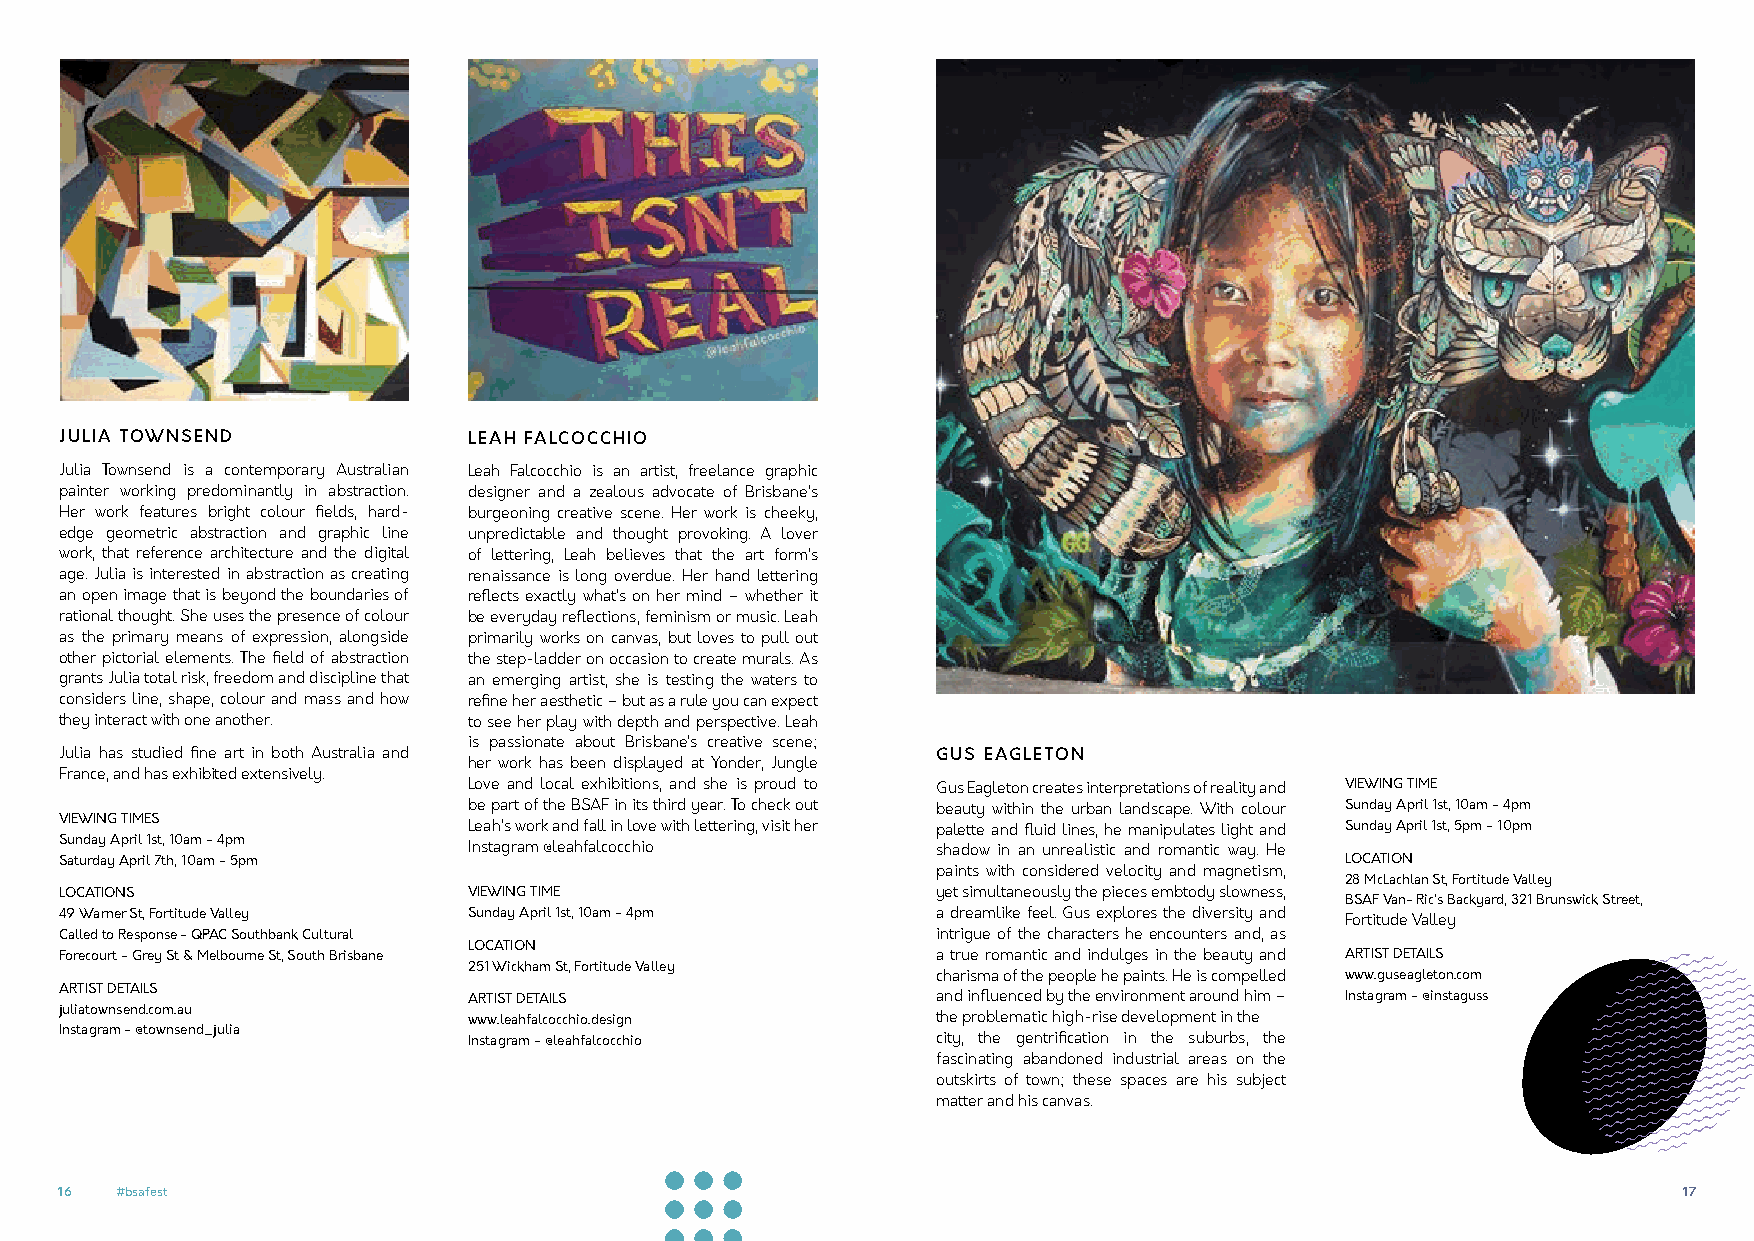
JULIA TOWNSEND             LEAH FALCOCCHIO
 Julia Townsend is a contemporary Australian Leah Falcocchio is an artist, freelance graphic
 painter working predominantly in abstraction. designer and a zealous advocate of Brisbane’s
 Her work features bright colour fields, hard- burgeoning creative scene. Her work is cheeky,
 edge geometric abstraction and graphic line unpredictable and thought provoking. A lover
 work, that reference architecture and the digital of lettering, Leah believes that the art form’s
 age. Julia is interested in abstraction as creating renaissance is long overdue. Her hand lettering
 an open image that is beyond the boundaries of reflects exactly what’s on her mind – whether it
 rational thought. She uses the presence of colour be everyday reflections, feminism or music. Leah
 as the primary means of expression, alongside primarily works on canvas, but loves to pull out
 other pictorial elements. The field of abstraction the step-ladder on occasion to create murals. As
 grants Julia total risk, freedom and discipline that an emerging artist, she is testing the waters to
 considers line, shape, colour and mass and how refine her aesthetic – but as a rule you can expect
 they interact with one another. to see her play with depth and perspective. Leah
 is passionate about Brisbane’s creative scene;
 Julia has studied fine art in both Australia and          GUS EAGLETON
 her work has been displayed at Yonder, Jungle
 France, and has exhibited extensively.
 Love and local exhibitions, and she is proud to Gus Eagleton creates interpretations of reality and VIEWING TIME
 be part of the BSAF in its third year. To check out beauty within the urban landscape. With colour Sunday April 1st, 10am - 4pm
 VIEWING TIMES              Leah’s work and fall in love with lettering, visit her palette and fluid lines, he manipulates light and Sunday April 1st, 5pm - 10pm
 Sunday April 1st, 10am - 4pm Instagram @leahfalcocchio    shadow in an unrealistic and romantic way. He
 Saturday April 7th, 10am - 5pm                                                       LOCATION
 paints with considered velocity and magnetism,
 28 McLachlan St, Fortitude Valley
 LOCATIONS                  VIEWING TIME                   yet simultaneously the pieces embtody slowness,
 BSAF Van- Ric’s Backyard, 321 Brunswick Street,
 49 Warner St, Fortitude Valley Sunday April 1st, 10am - 4pm a dreamlike feel. Gus explores the diversity and Fortitude Valley
 Called to Response - QPAC Southbank Cultural              intrigue of the characters he encounters and, as
 LOCATION
 Forecourt - Grey St & Melbourne St, South Brisbane        a true romantic and indulges in the beauty and ARTIST DETAILS
 251 Wickham St, Fortitude Valley
 charisma of the people he paints. He is compelled www.guseagleton.com
 ARTIST DETAILS
 ARTIST DETAILS                 and influenced by the environment around him – Instagram - @instaguss
 juliatownsend.com.au
 www.leahfalcocchio.design      the problematic high-rise development in the
 Instagram - @townsend_julia
 Instagram - @leahfalcocchio    city, the gentrification in the suburbs, the
 fascinating abandoned industrial areas on the
 outskirts of town; these spaces are his subject
 matter and his canvas.
 16  #bsafest                                                                                               17